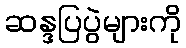
ဆန္ဒပြပွဲများကို